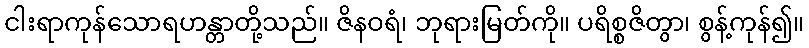
ငါးရာကုန်သောရဟန္တာတို့သည်။ ဇိနဝရံ၊ ဘုရားမြတ်ကို။ ပရိစ္စဇိတွာ၊ စွန့်ကုန်၍။